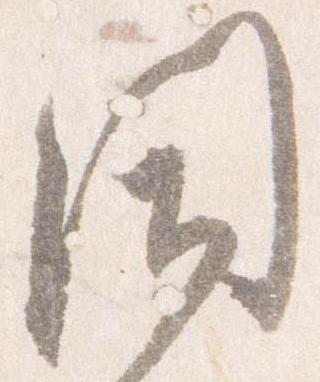
閉